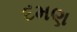
દમણ